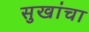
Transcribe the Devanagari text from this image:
सुखांचा